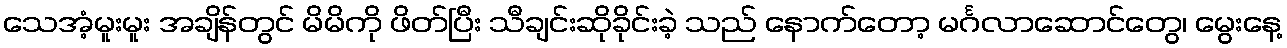
သေအံ့မူးမူး အချိန်တွင် မိမိကို ဖိတ်ပြီး သီချင်းဆိုခိုင်းခဲ့ သည် နောက်တော့ မင်္ဂလာဆောင်တွေ၊ မွေးနေ့